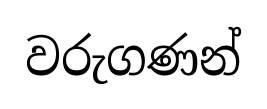
වරුගණන්